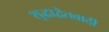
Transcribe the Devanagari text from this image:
शुद्धाद्वैतवादी